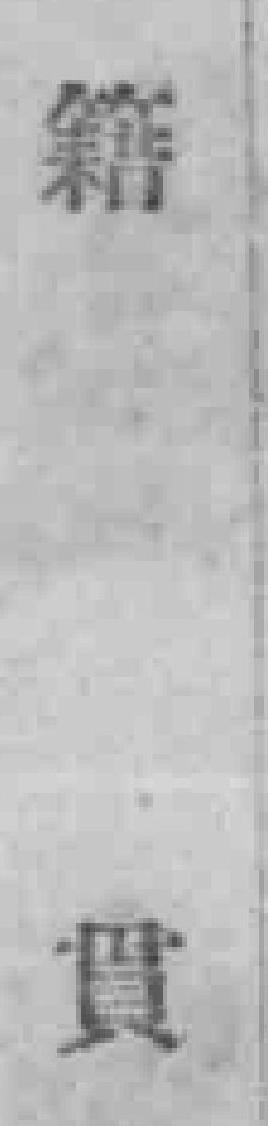
籍貫